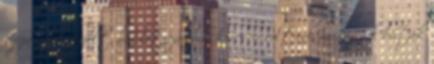
szépen helytállt, bár létszámban kevesen voltunk mégis jól bírták